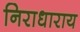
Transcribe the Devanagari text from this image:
निराधाराय